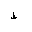
Letter: _za